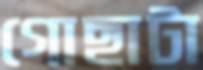
গোছাটা